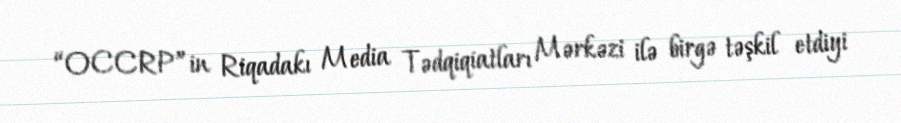
“OCCRP”in Riqadakı Media Tədqiqiatları Mərkəzi ilə birgə təşkil etdiyi